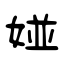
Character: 娅